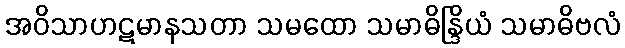
အဝိသာဟဋမာနသတာ သမထော သမာဓိန္ဒြိယံ သမာဓိဗလံ